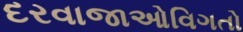
દરવાજાઓવિગતો